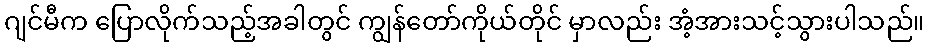
ဂျင်မီက ပြောလိုက်သည့်အခါတွင် ကျွန်တော်ကိုယ်တိုင် မှာလည်း အံ့အားသင့်သွားပါသည်။